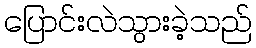
ပြောင်းလဲသွားခဲ့သည်